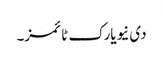
دی نیویارک ٹائمز۔